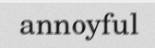
annoyful